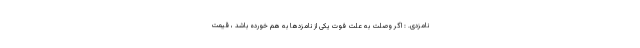
نامزدی. : اگر وصلت به علت فوت یکی از نامزدها به هم خورده باشد ، قیمت